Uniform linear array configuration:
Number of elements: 64
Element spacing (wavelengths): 1
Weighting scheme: hamming
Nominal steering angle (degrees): -45
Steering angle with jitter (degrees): -46.733
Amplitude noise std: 0.05
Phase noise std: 0.05

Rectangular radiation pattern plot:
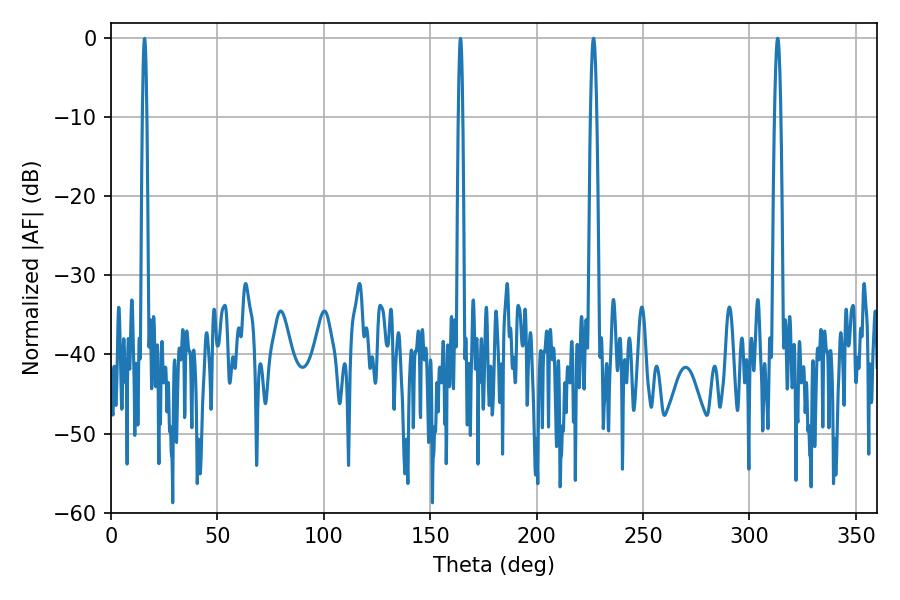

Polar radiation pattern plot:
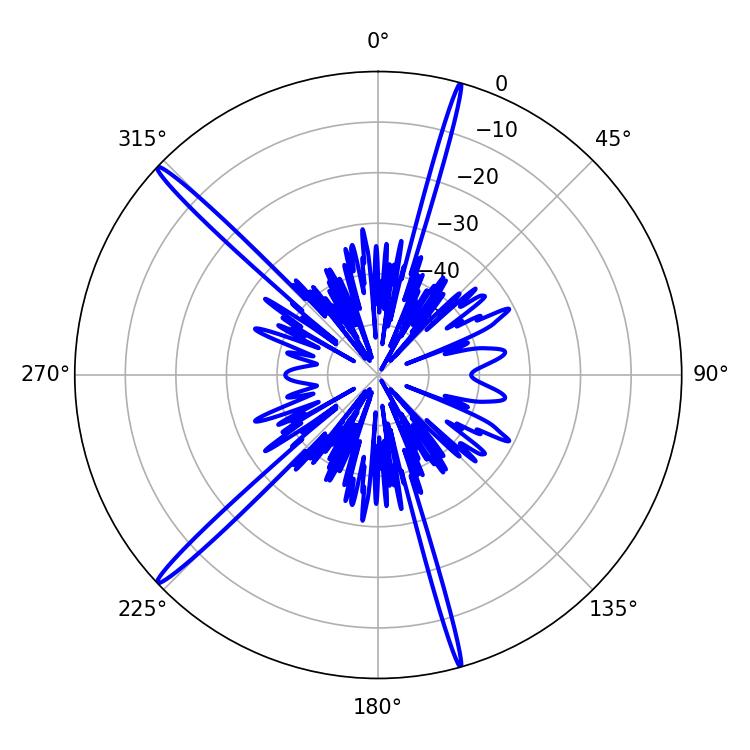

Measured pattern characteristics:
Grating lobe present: TRUE
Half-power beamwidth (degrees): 1.62
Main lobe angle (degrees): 226.8